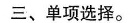
三、单项选择。